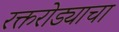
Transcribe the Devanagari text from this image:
रक्तरोड्याचा